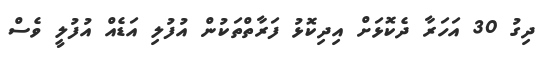
ދިގު 30 އަހަރާ ދެކޮޅަށް އިދިކޮޅު ފަރާތްތަކުން އުފުލި އަޑެއް އުފުލީ ވެސް